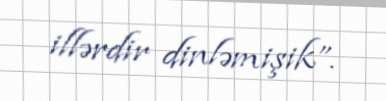
illərdir dinləmişik”.